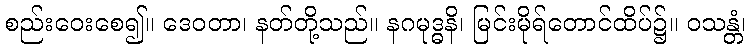
စည်းဝေးစေ၍။ ဒေဝတာ၊ နတ်တို့သည်။ နဂမုဒ္ဓနိ၊ မြင်းမိုရ်တောင်ထိပ်၌။ ဝသန္တံ၊